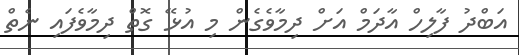
އަބްދު ފާލިހް އާދަމް އަށް ދިމާވެގެން މި އުޅޭ ގޮތް ދިމާވެފައި ނެތް